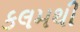
કલમથી